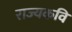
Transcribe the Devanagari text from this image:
राज्यकवि